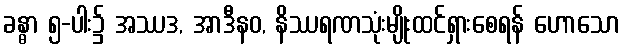
ခန္ဓာ ၅-ပါး၌ အဿဒ, အာဒီနဝ, နိဿရဏသုံးမျိုးထင်ရှားစေရန် ဟောသော